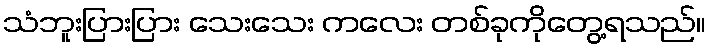
သံဘူးပြားပြား သေးသေး ကလေး တစ်ခုကိုတွေ့ရသည်။